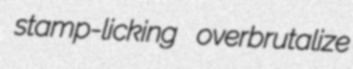
stamp-licking overbrutalize